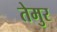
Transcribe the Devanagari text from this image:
तेमुर